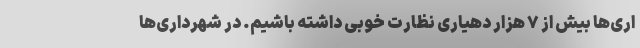
اری‌ها بیش از ۷ هزار دهیاری نظارت خوبی داشته باشیم. در شهرداری‌ها